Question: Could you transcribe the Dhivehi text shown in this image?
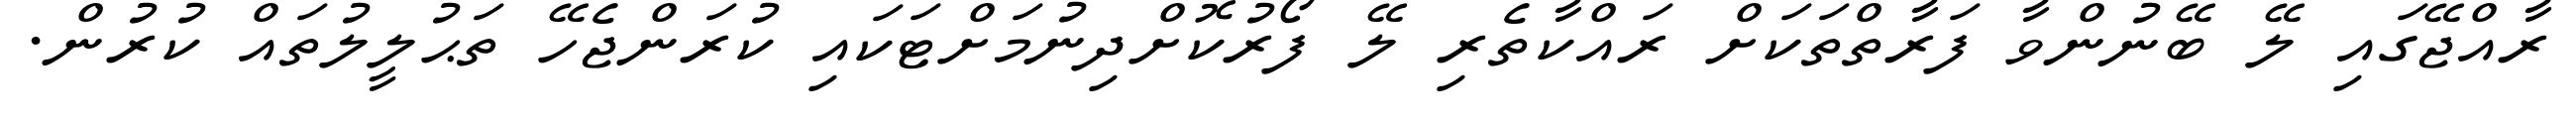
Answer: ރާއްޖޭގައި ލޭ ބޭނުންވާ ފަރާތްތަކަށް ރައްކާތެރި ލޭ ފޯރުކޮށްދިނުމަށްޓަކައި ކުރަންޖެހޭ ތަޙުލީލުތައް ކުރުން.